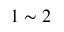
1 \sim 2